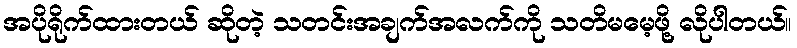
အပိုရိုက်ထားတယ် ဆိုတဲ့ သတင်းအချက်အလက်ကို သတိမမေ့ဖို့ လိုပါတယ်။